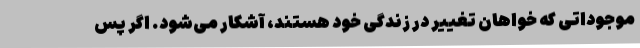
موجوداتی که خواهان تغییر در زندگی خود هستند، آشکار می‌شود. اگر پس